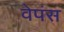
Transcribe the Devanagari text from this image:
वेपंस